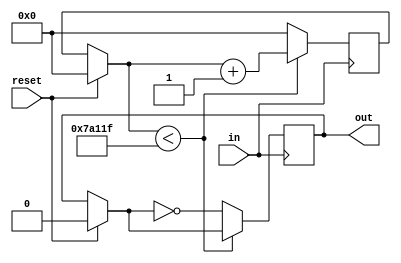
module freq_divider(in, out, reset);
	
	/*********************/
	/* Module parameters */
	/*********************/
	parameter VALUE = 1000000;

	/*************************/
	/* Declaring input ports */
	/*************************/
	input wire in;
	input wire reset;

	/**************************/
	/* Declaring output ports */
	/**************************/
	output reg out;
	
	reg [31:0] counter;
	
	always @(posedge in)
	begin
		if (reset == 1'b1)
		begin
			counter = 0;
			out = 0;
		end
		
		if (counter < ((VALUE / 2) - 1))
		begin
			counter = counter + 1;
		end
		else
		begin
			counter = 0;
			out = ~out;
		end
	end
endmodule